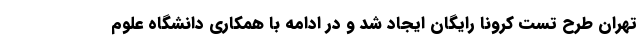
تهران طرح تست کرونا رایگان ایجاد شد و در ادامه با همکاری دانشگاه علوم